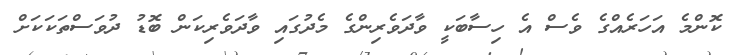
ކޮންމެ އަހަރެއްގެ ވެސް އެ ހިސާބަކީ ވާދަވެރިންގެ މެދުގައި ވާދަވެރިކަން ބޮޑު ދުވަސްތަކަކަށް